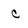
Character: c